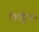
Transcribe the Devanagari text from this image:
किट्टिनन